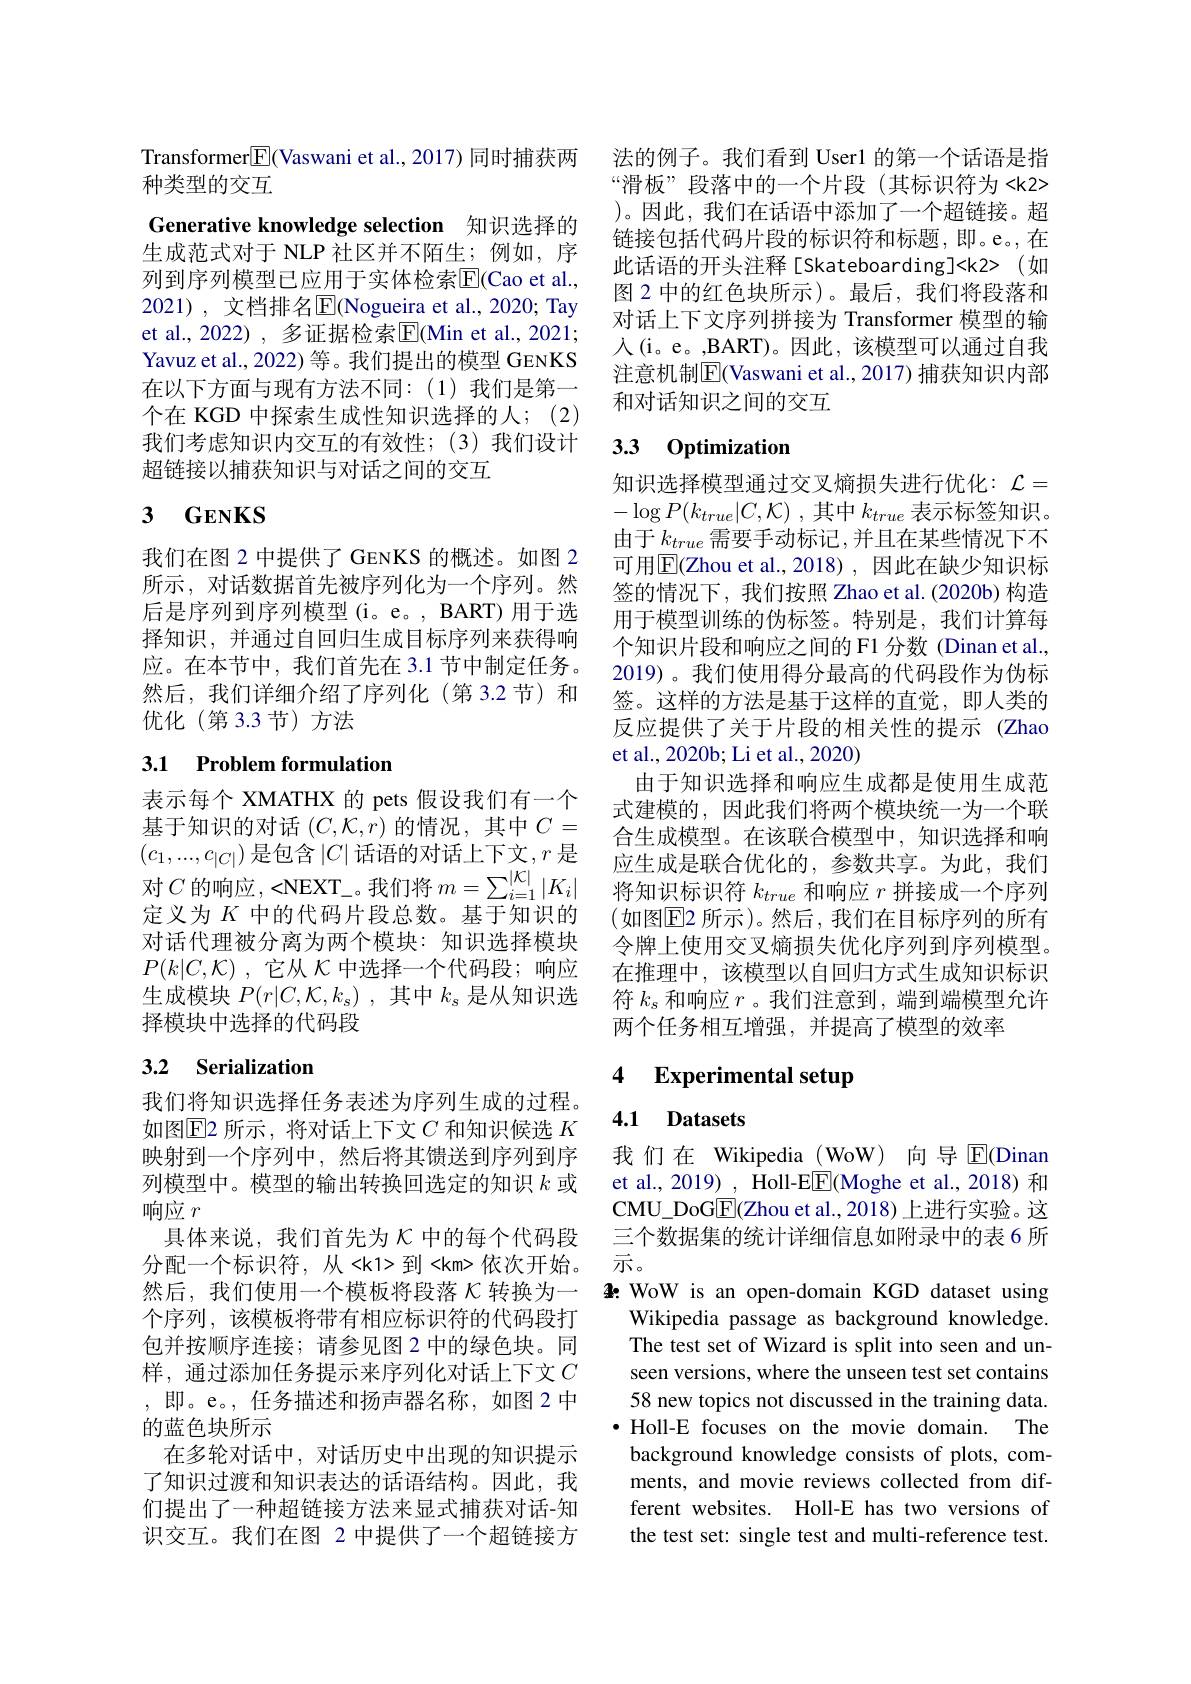
Transformer$\boxed{\mathrm{F}}($Vaswani et al.,2017) 同时捕获两
种类型的交互
Generative knowledge selection 知识选择的生成范式对于 NLP 社区并不陌生；例如，序列到序列模型已应用于实体检索$\overline{\mathrm{E}}($Cao et al., 2021), 文档排名$\overline{\mathrm{E}}$(Nogueira et al., 2020; Tay et al., 2022) , 多证据检索$\overline{\mathrm{E}}($Min et al., 2021; Yavuz et al., 2022) 等。我们提出的模型 GENKS 在以下方面与现有方法不同：(1)我们是第一个在 KGD 中探索生成性知识选择的人；(2) 我们考虑知识内交互的有效性；(3)我们设计超链接以捕获知识与对话之间的交互

## 3 $GENKS$

我们在图 2 中提供了 GENKS 的概述。如图 2所示，对话数据首先被序列化为一个序列。然后是序列到序列模型(i。e。, BART) 用于选择知识，并通过自回归生成目标序列来获得响应。在本节中，我们首先在 3.1 节中制定任务。然后，我们详细介绍了序列化(第3.2节)和优化(第3.3节)方法

## 3.1 Problem formulation

表示每个 XMATHX 的 pets 假设我们有一个基于知识的对话$(C,\mathcal{K},r)$的情况，其中$C=$ $(c_1,...,c_{|C|})$是包含$|C|$话语的对话上下文$,r$是对$C$的响应 , <NEXT\_。我们将$m=\sum_i=1^{|\mathcal{K}|}|K_i$ 定义为$K$中的代码片段总数。基于知识的对话代理被分离为两个模块：知识选择模块$P( k| C, \mathcal{K} )$ ,它从$\mathcal{K}$中选择一个代码段；响应生成模块$P( r| C, \mathcal{K} , k_{\mathrm{s} })$ ,其中$k_s$是从知识选择模块中选择的代码段

# 3.2 Serialization

我们将知识选择任务表述为序列生成的过程。如图$\operatorname{E2}$所示，将对话上下文$C$和知识候选$K$ 映射到一个序列中，然后将其馈送到序列到序列模型中。模型的输出转换回选定的知识$k$或响应$r$
具体来说，我们首先为$\kappa$中的每个代码段分配一个标识符，从<k1>到<km>依次开始。然后，我们使用一个模板将段落$\kappa$转换为一个序列，该模板将带有相应标识符的代码段打包并按顺序连接；请参见图 2 中的绿色块。同样，通过添加任务提示来序列化对话上下文$C$ ,即。e。,任务描述和扬声器名称，如图 2 中的蓝色块所示
在多轮对话中，对话历史中出现的知识提示了知识过渡和知识表达的话语结构。因此，我们提出了一种超链接方法来显式捕获对话-知识交互。我们在图 2 中提供了一个超链接方

法的例子。我们看到 User1 的第一个话语是指“滑板”段落中的一个片段(其标识符为<k2> )。因此，我们在话语中添加了一个超链接。超链接包括代码片段的标识符和标题，即。e。在此话语的开头注释[Skateboarding]<k2>(如图 2 中的红色块所示)。最后，我们将段落和对话上下文序列拼接为 Transformer 模型的输人(i。e。,BART)。因此，该模型可以通过自我注意机制$\overline{\mathrm{E}}($Vaswani et al., 2017) 捕获知识内部和对话知识之间的交互

## 3.3 0ptimization

知识选择模型通过交叉熵损失进行优化：$\mathcal{L}=$ $- \log P( k_{true}| C, \mathcal{K} )$ ,其中$k_true$表示标签知识。由于$k_{true}$需要手动标记，并且在某些情况下不可用$\overline{\mathrm{E}}$(Zhou et al.,2018),因此在缺少知识标签的情况下，我们按照 Zhao et al.(2020b) 构造用于模型训练的伪标签。特别是，我们计算每个知识片段和响应之间的 F1 分数 (Dinan et al., 2019)。我们使用得分最高的代码段作为伪标签。这样的方法是基于这样的直觉，即人类的反应提供了关于片段的相关性的提示(Zhao et al., 2020b; Li et al., 2020)
由于知识选择和响应生成都是使用生成范式建模的，因此我们将两个模块统一为一个联合生成模型。在该联合模型中，知识选择和响应生成是联合优化的，参数共享。为此，我们将知识标识符$k_true$和响应$r$拼接成一个序列(如图$\overline{\mathrm{E}}$2 所示)。然后，我们在目标序列的所有令牌上使用交叉熵损失优化序列到序列模型。在推理中，该模型以自回归方式生成知识标识符$k_s$和响应$r$ 。我们注意到 ,端到端模型允许两个任务相互增强，并提高了模型的效率

### 4 Experimental setup

## 4.1 Datasets

我们在 Wikipedia (WoW) 向导$\overline{\mathrm{E}}$(Dinan et al., 2019) , Holl-E$\underline{\mathrm{E}}($Moghe et al., 2018) 和CMU\_DoGE(Zhou et al., 2018) 上进行实验。这三个数据集的统计详细信息如附录中的表 6 所示。
4: WoW is an open-domain KGD dataset using
Wikipedia passage as background knowledge. The test set of Wizard is split into seen and unseen versions, where the unseen test set contains 58 new topics not discussed in the training data. $\bullet$ Holl-E focuses on the movie domain. The background knowledge consists of plots, comments, and movie reviews collected from different websites. Holl-E has two versions of the test set: single test and multi-reference test.